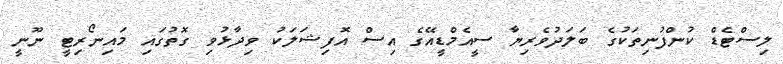
ލިސްޓެޑް ކުންފުނިތަކުގެ ބަލަދުވެރިޔާ ސީއެމްޑީއޭގެ އިސް އޮފިޝަލަކު ވިދާޅުވި ގޮތުގައި މައިނޯރިޓީ ނޫނީ